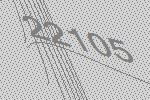
22105